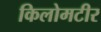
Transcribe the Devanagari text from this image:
किलोमटीर